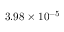
3 . 9 8 \times 1 0 ^ { - 5 }